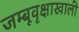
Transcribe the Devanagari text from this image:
जम्बूवृक्षाखाली